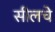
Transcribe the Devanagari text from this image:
सीलचे